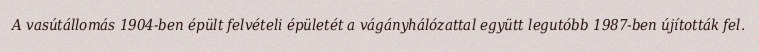
A vasútállomás 1904-ben épült felvételi épületét a vágányhálózattal együtt legutóbb 1987-ben újították fel.